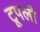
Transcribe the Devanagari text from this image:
टूपली